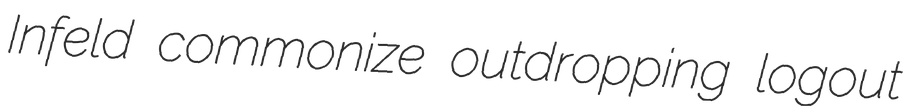
Infeld commonize outdropping logout